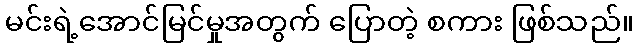
မင်းရဲ့အောင်မြင်မှုအတွက် ပြောတဲ့ စကား ဖြစ်သည်။